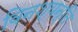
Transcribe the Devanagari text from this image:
विनश्यन्ति